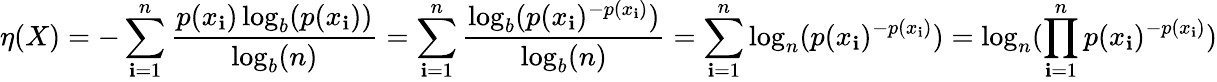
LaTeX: \eta(X)=-\sum_{\mathbf{i}=1}^{n}{\frac{{p(x_{\mathbf{i}})\log_{b}(p(x_{\mathbf{i}}))}}{{\log_{b}(n)}}}=\sum_{\mathbf{i}=1}^{n}{\frac{{\log_{b}(p(x_{\mathbf{i}})^{-p(x_{\mathbf{i}})})}}{{\log_{b}(n)}}}=\sum_{\mathbf{i}=1}^{n}\log_{n}(p(x_{\mathbf{i}})^{-p(x_{\mathbf{i}})})=\log_{n}(\prod_{\mathbf{i}=1}^{n}p(x_{\mathbf{i}})^{-p(x_{\mathbf{i}})})